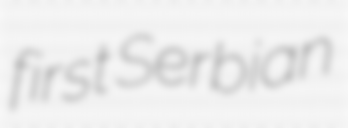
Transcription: first Serbian